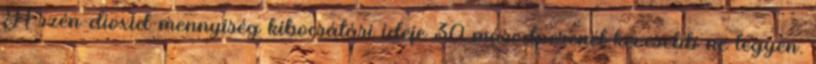
A szén-dioxid-mennyiség kibocsátási ideje 30 másodpercnél kevesebb ne legyen.